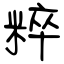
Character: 粹